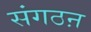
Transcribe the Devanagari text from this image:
संगठऩ